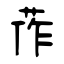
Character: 莋